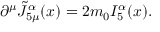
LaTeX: \partial ^ { \mu } \tilde { J } _ { 5 \mu } ^ { \alpha } ( x ) = 2 m _ { 0 } I _ { 5 } ^ { \alpha } ( x ) .